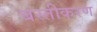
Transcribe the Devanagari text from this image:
बस्तीकरण